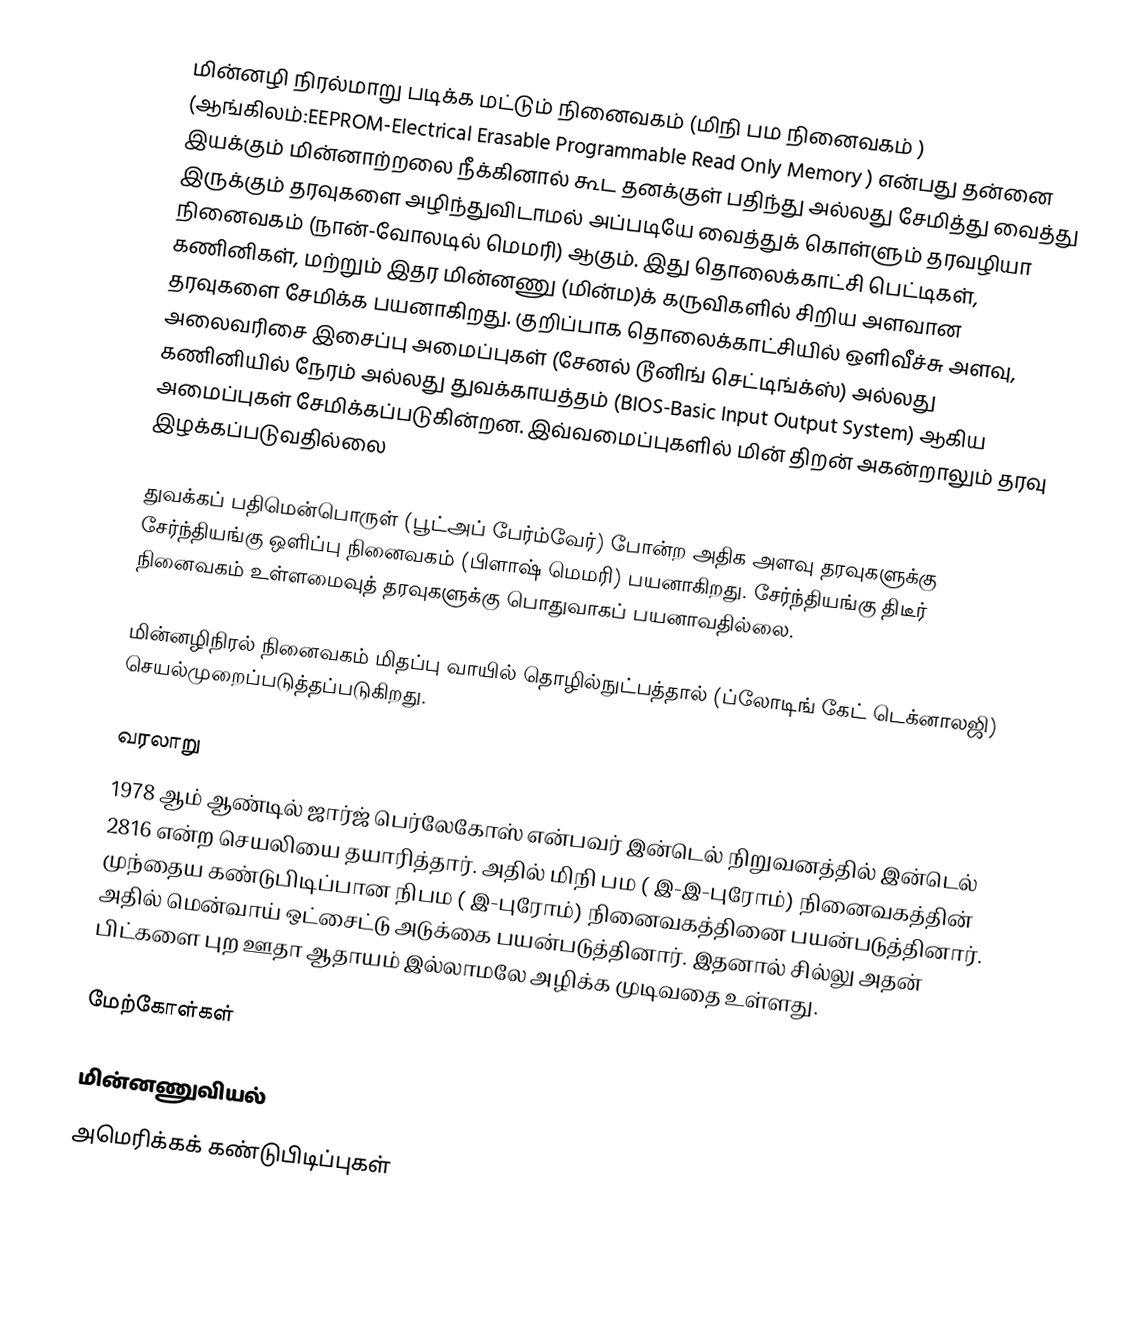
மின்னழி நிரல்மாறு படிக்க மட்டும் நினைவகம் (மிநி பம நினைவகம் ) (ஆங்கிலம்:EEPROM-Electrical Erasable Programmable Read Only Memory ) என்பது தன்னை இயக்கும் மின்னாற்றலை நீக்கினால் கூட தனக்குள் பதிந்து அல்லது சேமித்து வைத்து இருக்கும் தரவுகளை அழிந்துவிடாமல் அப்படியே வைத்துக் கொள்ளும் தரவழியா நினைவகம் (நான்-வோலடில் மெமரி) ஆகும். இது தொலைக்காட்சி பெட்டிகள், கணினிகள், மற்றும் இதர மின்னணு (மின்ம)க் கருவிகளில் சிறிய அளவான தரவுகளை சேமிக்க பயனாகிறது. குறிப்பாக தொலைக்காட்சியில் ஒளிவீச்சு அளவு, அலைவரிசை இசைப்பு அமைப்புகள் (சேனல் டூனிங் செட்டிங்க்ஸ்) அல்லது கணினியில் நேரம் அல்லது துவக்காயத்தம் (BIOS-Basic Input Output System) ஆகிய அமைப்புகள் சேமிக்கப்படுகின்றன. இவ்வமைப்புகளில் மின் திறன் அகன்றாலும் தரவு இழக்கப்படுவதில்லை

துவக்கப் பதிமென்பொருள் (பூட்அப்  பேர்ம்வேர்) போன்ற அதிக அளவு தரவுகளுக்கு சேர்ந்தியங்கு ஒளிப்பு நினைவகம் (பிளாஷ் மெமரி) பயனாகிறது. சேர்ந்தியங்கு திடீர் நினைவகம் உள்ளமைவுத் தரவுகளுக்கு பொதுவாகப் பயனாவதில்லை.

மின்னழிநிரல் நினைவகம் மிதப்பு வாயில் தொழில்நுட்பத்தால் (ப்லோடிங் கேட் டெக்னாலஜி) செயல்முறைப்படுத்தப்படுகிறது.

வரலாறு
1978 ஆம் ஆண்டில் ஜார்ஜ் பெர்லேகோஸ் என்பவர் இன்டெல் நிறுவனத்தில் இன்டெல் 2816 என்ற செயலியை தயாரித்தார். அதில் மிநி பம ( இ-இ-புரோம்) நினைவகத்தின் முந்தைய கண்டுபிடிப்பான நிபம ( இ-புரோம்) நினைவகத்தினை பயன்படுத்தினார். அதில் மென்வாய் ஒட்சைட்டு அடுக்கை  பயன்படுத்தினார். இதனால் சில்லு அதன் பிட்களை புற ஊதா ஆதாயம் இல்லாமலே அழிக்க முடிவதை உள்ளது.

மேற்கோள்கள்

மின்னணுவியல்
அமெரிக்கக் கண்டுபிடிப்புகள்